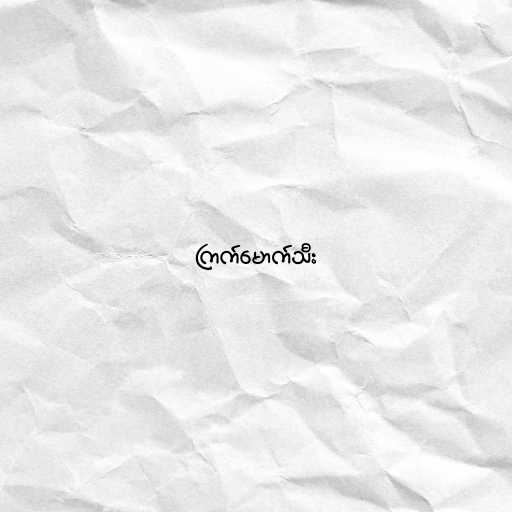
ကြက်မောက်သီး